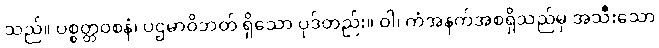
သည်။ ပစ္စတ္တဝစနံ၊ ပဌမာဝိဘတ် ရှိသော ပုဒ်တည်း။ ဝါ၊ ကံအနက်အစရှိသည်မှ အသီးသော